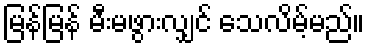
မြန်မြန် မီးမဖွားလျှင် သေလိမ့်မည်။